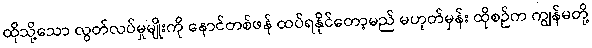
ထိုသို့သော လွတ်လပ်မှုမျိုးကို နောင်တစ်ဖန် ထပ်ရနိုင်တော့မည် မဟုတ်မှန်း ထိုစဉ်က ကျွန်မတို့